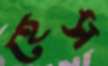
হেস